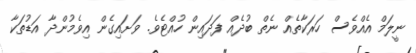
ނީލަމް އެއްވެސް ހަރަކާތެއް ނެތް ބުދެއް ފަދައިން ހުއްޓެވެ. ވަށައިގެން އިވެމުންދާ އަޑުތަކާ